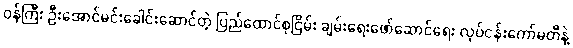
၀န်ကြီး ဦးအောင်မင်းခေါင်းဆောင်တဲ့ ပြည်ထောင်စုငြိမ်း ချမ်းရေးဖော်ဆောင်ရေး လုပ်ငန်းကော်မတီနဲ့